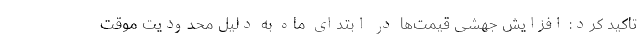
تاکید کرد: افزایش جهشی قیمت‌ها در ابتدای ماه به دلیل محدودیت موقت